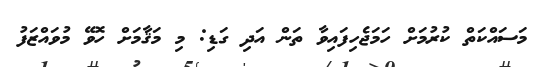
މަސައްކަތް ކުރުމަށް ހަމަޖެހިފައިވާ ތަން އަދި ގަޑި: މި މަޤާމަށް ހޮވޭ މުވައްޒަފު